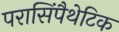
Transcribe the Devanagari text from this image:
परासिंपैथेटिक